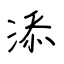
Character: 添